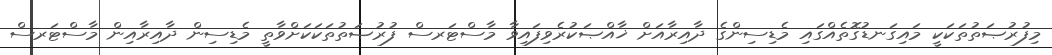
މިފުރުޞަތުތަކަކީ މައިގަނޑުގޮތެއްގައި މެޑިސިންގެ ދާއިރާއަށް ޚާއްޞަކުރެވިފައިވާ މާސްޓަރސް ފުރުޞަތުތަކަކަށްވާތީ މެޑިސިން ދާއިރާއިން މާސްޓަރސް